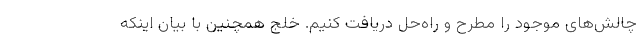
چالش‌های موجود را مطرح و راه‌حل دریافت کنیم. خلج همچنین با بیان اینکه